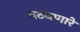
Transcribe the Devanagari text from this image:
वठवणारे